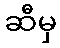
ဆီမှ